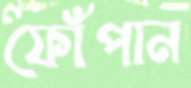
ফোঁপান